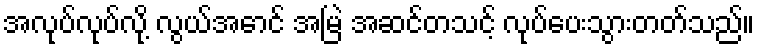
အလုပ်လုပ်လို့ လွယ်အောင် အမြဲ အဆင်တသင့် လုပ်ပေးသွားတတ်သည်။